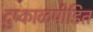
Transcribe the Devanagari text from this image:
दुष्काळपीडित